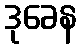
ဒုခေန